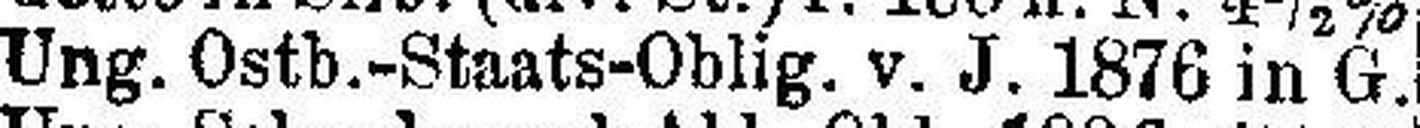
Ung. Ostb.-Staats-Oblig. v. J. 1876 in G.